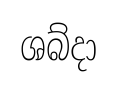
ශබ්දා